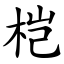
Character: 桤